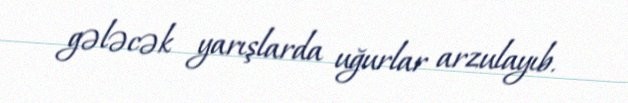
gələcək yarışlarda uğurlar arzulayıb.